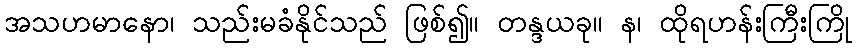
အသဟမာနော၊ သည်းမခံနိုင်သည် ဖြစ်၍။ တန္ဒယခု။ န၊ ထိုရဟန်းကြီးကြို